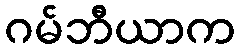
ဂမ်ဘီယာက